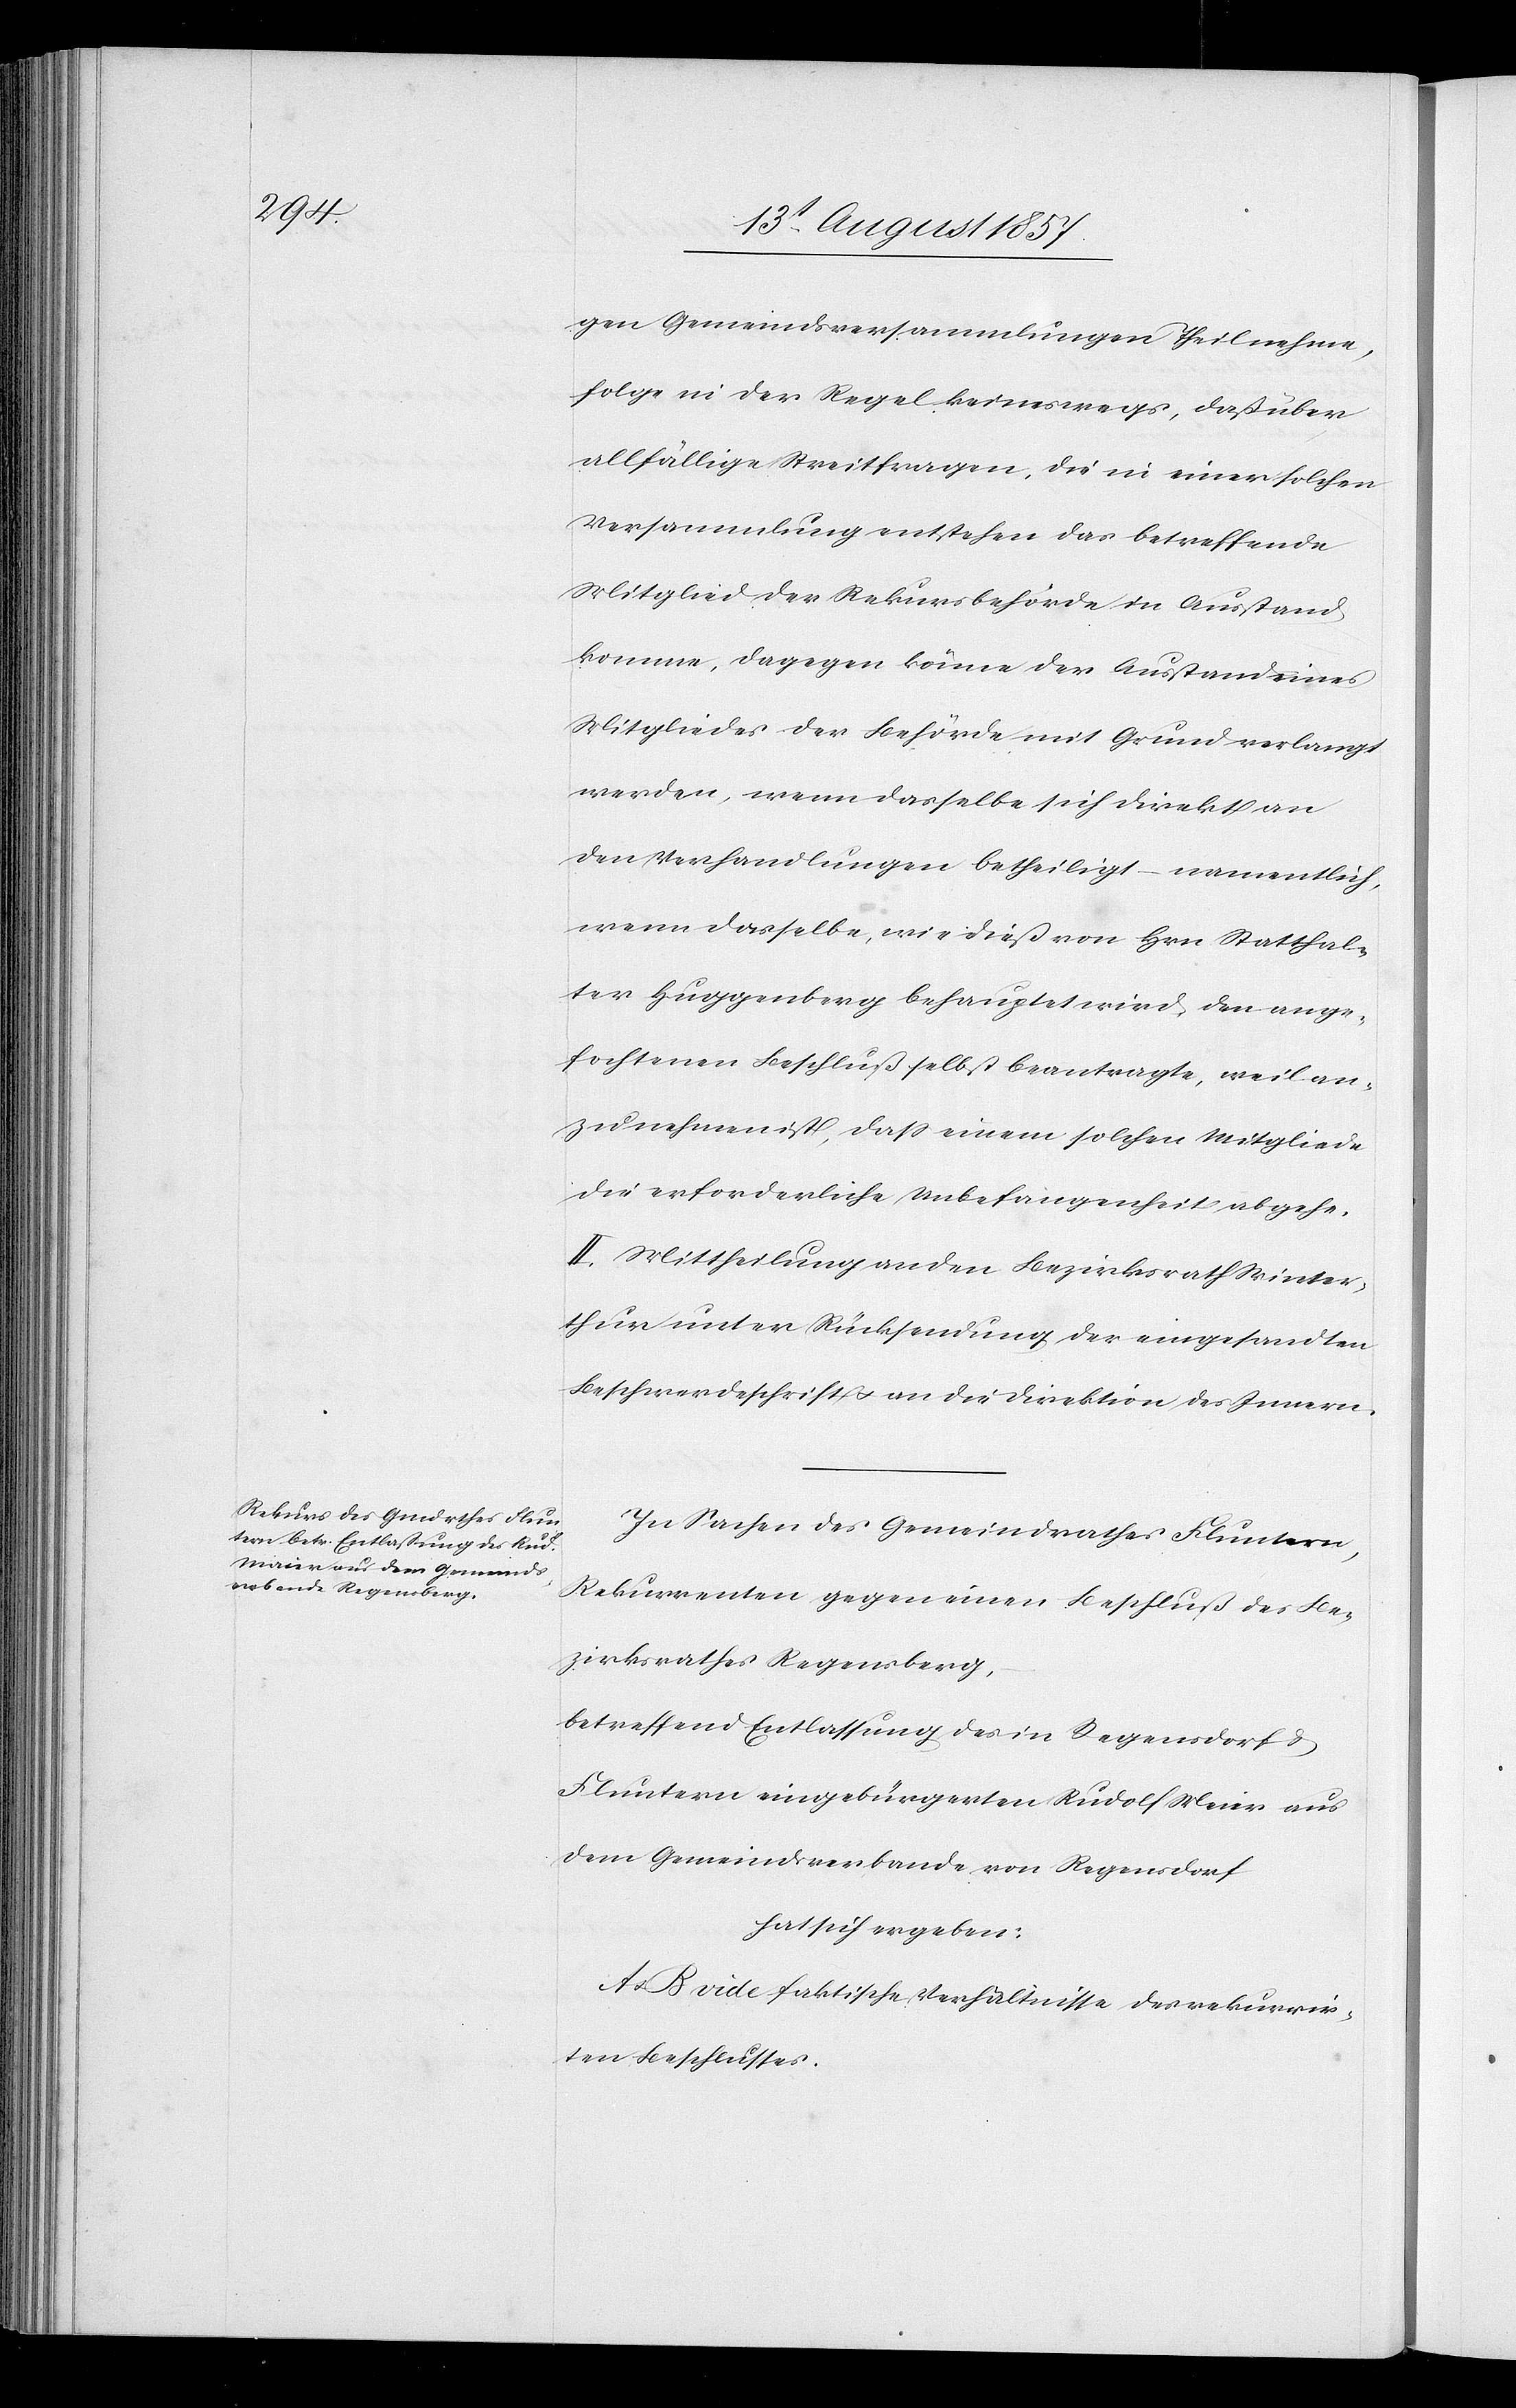
ic!]

gen Gemeindsversammlungen Theil nehme,
folge in der Regel keineswegs, daß über
allfällige Streitfragen, die in einer solchen
Versammlung entstehen das betreffende
Mitglied der Rekursbehörde in Ausstand
komme, dagegen könne der Ausstand eines
Mitgliedes der Behörde mit Grund verlangt
werden, wenn dasselbe sich direkt an
den Verhandlungen betheiligt – namentlich
wenn dasselbe, wie dieß von Hrn. Statthal¬
ter Huggenberg behauptet wird, den ange¬
fochtenen Beschluß selbst beantragte, weil an¬
zunehmen ist, daß einem solchen Mitgliede
die erforderliche Unbefangenheit abstehe.
II. Mittheilung an den Bezirksrath Winter¬
thur unter Rücksendung der eingesandten
Beschwerdeschrift & an die Direktion des Innern.
In Sachen des Gemeindrathes Fluntern,
Rekurrenten gegen einen Beschluß des Be¬
zirksrathes Regensberg,
betreffend Entlassung des in Regensdorf &
Fluntern eingebürgerten Rudolf Meier [s¬
dem Gemeindsverbande von Regensdorf
hat sich ergeben:
A & B vide faktische Verhältnisse des rekurrir¬
ten Beschlusses.